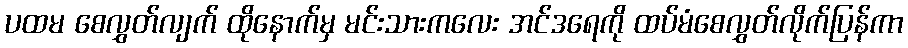
ပထမ စေလွှတ်လျက် ထိုနောက်မှ မင်းသားကလေး အင်ဒရေကို ထပ်မံစေလွှတ်လိုက်ပြန်ကာ